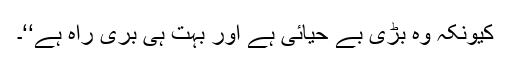
کیونکہ وہ بڑی بے حیائی ہے اور بہت ہی بری راہ ہے‘‘۔